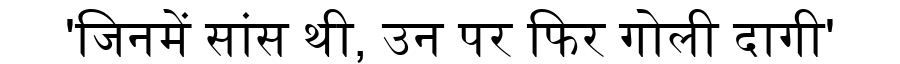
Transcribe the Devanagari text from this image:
'जिनमें सांस थी, उन पर फिर गोली दागी'